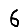
Digit: 6